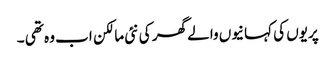
پریوں کی کہانیوں والے گھر کی نئی مالکن اب وہ تھی ۔